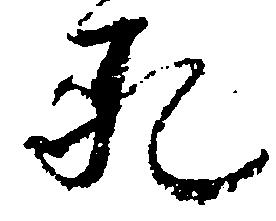
死